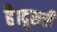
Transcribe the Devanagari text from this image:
है।दूसरी